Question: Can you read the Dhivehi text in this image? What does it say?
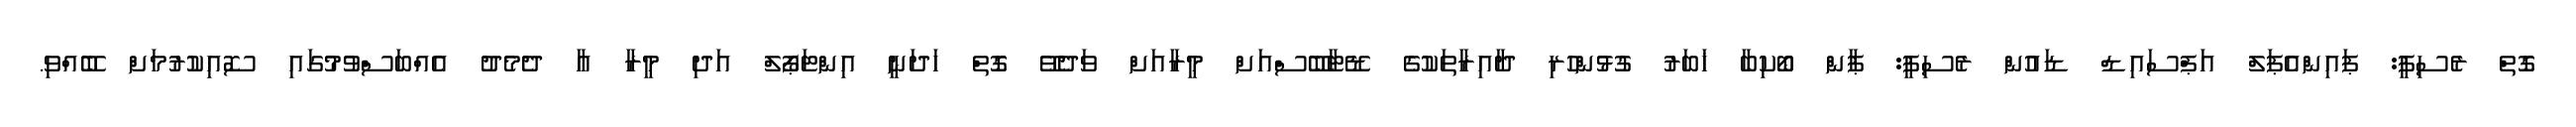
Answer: ގޮތް ރެސިޕީ: ޕައިންއެޕަލް އަޕްސައިޑް ޑައުން ރެސިޕީ: ޕާން ބޯކިބާ ޚަބަރު ގުޅުންހުރި ދާއިރާތަކުގެ ޑޭޓާބޭސްއަށް މީރާއަށް ވަދެވޭ ގޮތް ހަދަނީ އިންޓަޕޯލް އަދި މީރާ އާ ދެމެދު އެއްބަސްވުމުގައި ސޮއިކުރުމަށް ބޭއްވި.